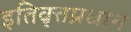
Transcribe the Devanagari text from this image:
इतिवृत्तप्रधान